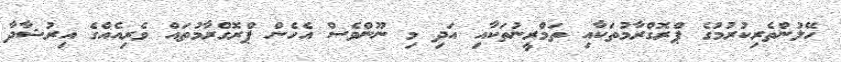
ހޭލުންތެރިކުރުމުގެ ޕްރޮގްރާމުތަކާއި ތަމްރީނުތަކާއި އަދި މި ނޫންވެސް އެހެން ޕްރޮގްރާމުތައް ވެރިއެއްގެ އިރުޝާދާ